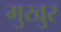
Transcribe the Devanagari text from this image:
मुखुर